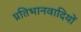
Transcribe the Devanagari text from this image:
प्रतिभानवादियों